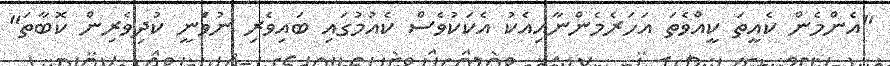
"އެންމެން ކެއީތަ ކީއްވެތަ އަހަރެމެންނާއިއެކު އެކަކުވެސް ކެއުމުގައި ބައިވެރި ނުވަެނީ ކުދިވެރިން ކޮބާތަ"